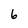
Character: 6